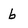
Character: b